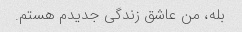
بله، من عاشق زندگی جدیدم هستم.